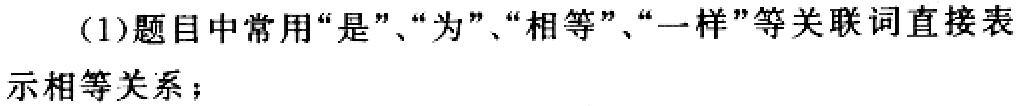
(1)题目中常用“是”、“为”、“相等”、“一样”等关联词直接表示相等关系；